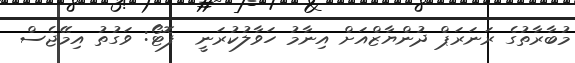
މުބާރާތުގެ ރަނަރަޕް ދުންޔާޒްއަށް އިނާމު ހަވާލުކުރަނީ  ފޮޓޯ: ވަގުތު އިމޭޖެސް